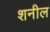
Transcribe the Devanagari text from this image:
शनील